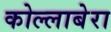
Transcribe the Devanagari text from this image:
कोल्लाबेरा